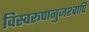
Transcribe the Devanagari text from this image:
विस्वरूपानुजश्चापि